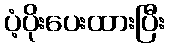
ပံ့ပိုးပေးထားပြီး